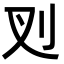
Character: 𭃆